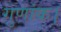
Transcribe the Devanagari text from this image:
गुणांक।